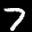
Label: 7